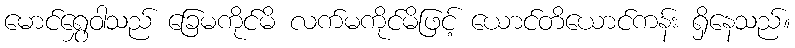
မောင်ရွှေဝါသည် ခြေမကိုင်မိ လက်မကိုင်မိဖြင့် ယောင်တိယောင်ကန်း ရှိနေသည်။